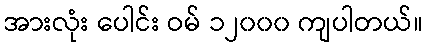
အားလုံး ပေါင်း ဝမ် ၁၂၀၀၀ ကျပါတယ်။